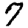
Digit: 7